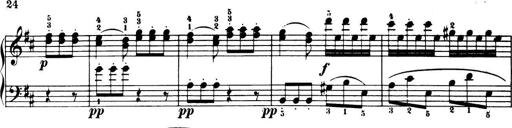
Title: 32 Sonatinas and Rondos for the Piano
Composer: Richard Kleinmichel